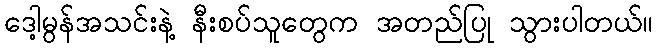
ဒေါ့မွန်အသင်းနဲ့ နီးစပ်သူတွေက အတည်ပြု သွားပါတယ်။